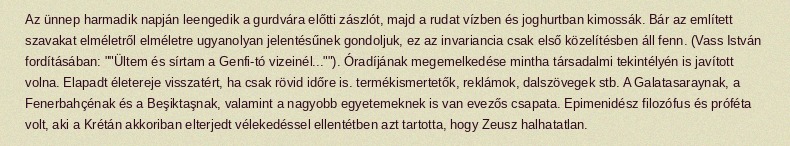
Az ünnep harmadik napján leengedik a gurdvára előtti zászlót, majd a rudat vízben és joghurtban kimossák. Bár az említett szavakat elméletről elméletre ugyanolyan jelentésűnek gondoljuk, ez az invariancia csak első közelítésben áll fenn. (Vass István fordításában: ""Ültem és sírtam a Genfi-tó vizeinél...""). Óradíjának megemelkedése mintha társadalmi tekintélyén is javított volna. Elapadt életereje visszatért, ha csak rövid időre is. termékismertetők, reklámok, dalszövegek stb. A Galatasaraynak, a Fenerbahçénak és a Beşiktaşnak, valamint a nagyobb egyetemeknek is van evezős csapata. Epimenidész filozófus és próféta volt, aki a Krétán akkoriban elterjedt vélekedéssel ellentétben azt tartotta, hogy Zeusz halhatatlan.